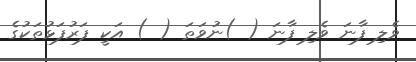
ވެލި ފާނަ ވެލި ފާނަ ( )ނުވަތަ ( ) އަކީ ފަރުފަޅުތަކުގެ